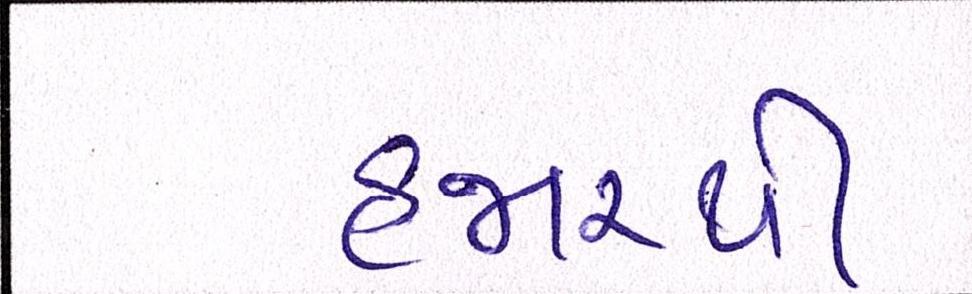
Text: હજારથી